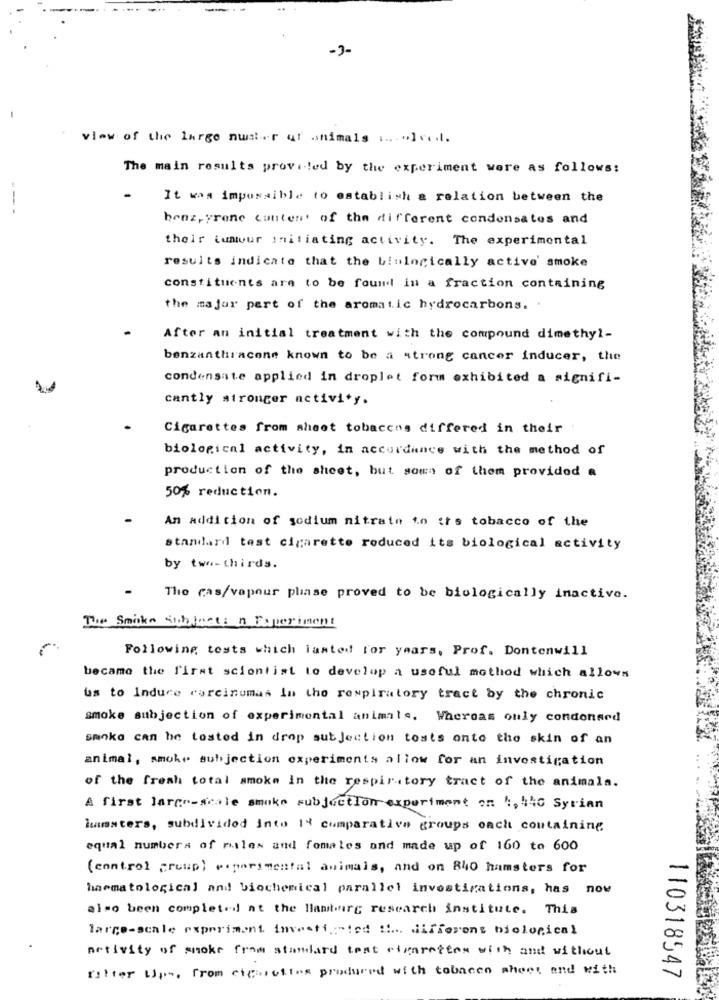
-3-
view of the large nut.r of animals ... . . ] ....
The main results provi-led by the experiment were as follows:
It was impossible to establish a relation between the
-- -
benz, yrene content of the different condensates and
their tumour initiating activity. The experimental
results indicate that the biologically active' smoke
constituents are to be found in a fraction containing
the major part of the aromatic hydrocarbons. .
After an initial treatment with the compound dimethyl-
benzanthracone known to be a strong cancer inducer, the
condensate applied in droplet form exhibited a signifi-
cantly stronger activity.
Cigarettes from sheet tobaccos differed in their
biological activity, in accordance with the method of
production of the sheet, but sown of them provided a
50% reduction.
An addition of sodium nitrate 10 trs tobacco of the
standard test cigarette reduced its biological activity
by two-thirds.
The cas/vapour phase proved to be biologically inactive.
The Smoke Subject: n Faperiment
Following tests which lasted for years, Prof. Dontenwill
became the first scientist to develop a useful mothod which allows
us to Induce carcinumas in the respiratory tract by the chronic
smoke subjection of experimental animals. Whereas ouly condonsrd
smoke can be tosted in drop subjection tosts onto the skin of an
animal, smoke subjection experiments allow for an investigation
of the fresh total smoke in the respiratory tract of the animals.
A first large-scale smoke subjectIon experiment on " :, 440 Syrian
immaters, subdivided into 14 comparative groups cach containing
equal numbers of males and fomales and made up of 160 to 600
(control group) experimental animals, and on 840 hamsters for
haematological and biochemical parallel investigations, has now
also been completed at the Hamburg research institute. This
large-scale experiment investigated : different biological
Activity of smoke from standard test cigarettes with and without
filter Ups, from cigarettes produced with tobacco sheet and with
110318547